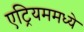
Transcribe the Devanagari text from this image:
एट्रियममध्ये